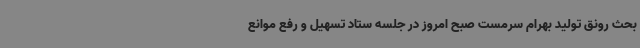
بحث رونق تولید بهرام سرمست صبح امروز در جلسه ستاد تسهیل و رفع موانع